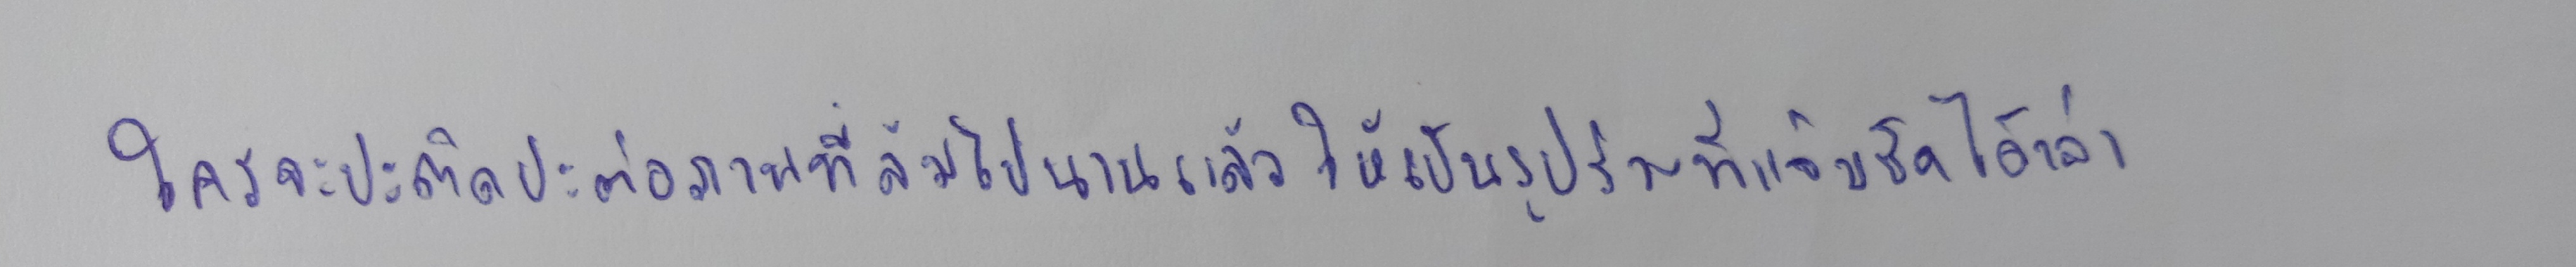
ใครจะปะติดปะต่อภาพที่ล้มไปนานแล้วให้เป็นรูปร่างที่แจ่มชัดได้เล่า